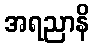
အရညာနိ